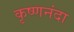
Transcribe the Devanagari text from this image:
कृष्णनंदा